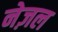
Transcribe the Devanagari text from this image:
नेज़ल